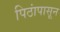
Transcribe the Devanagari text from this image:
पिठांपासून